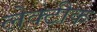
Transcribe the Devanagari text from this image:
लेक्टीक